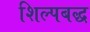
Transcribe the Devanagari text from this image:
शिल्पबद्ध